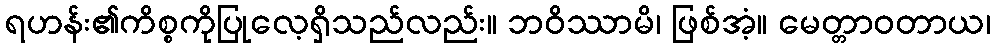
ရဟန်း၏ကိစ္စကိုပြုလေ့ရှိသည်လည်း။ ဘဝိဿာမိ၊ ဖြစ်အံ့။ မေတ္တာဝတာယ၊